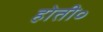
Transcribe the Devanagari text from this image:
होती॰